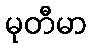
မုတီမာ